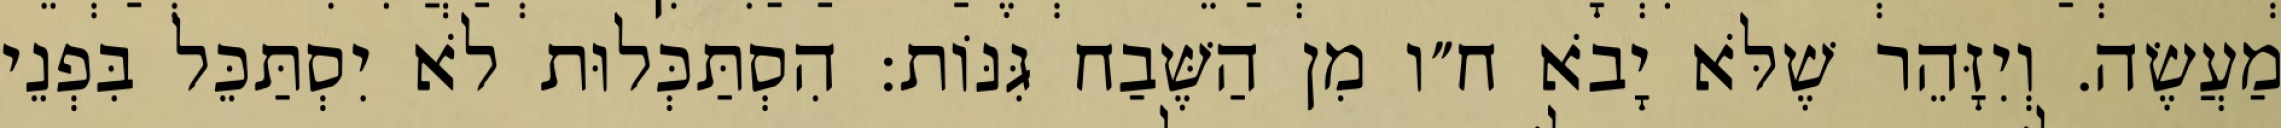
מַעֲשֶׂה. וְיִזָּהֵר שֶׁלֹּא יָבֹא ח״ו מִן הַשֶּׁבַח גִּנּוֹת: הִסְתַּכְּלוּת לֹא יִסְתַּכֵּל בִּפְנֵי